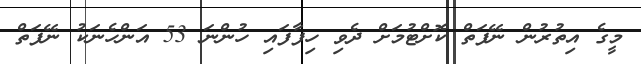
މީގެ އިތުރުން ނޭފަތް ކޮށްޓުމަށް ދެވި ހިފާފައި ހުންނަ 53 އަންހެނަކު ނޭފަތް